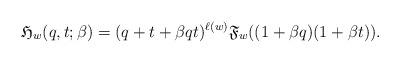
LaTeX: \begin{gather*} \mathfrak{H}_{w}(q,t;\beta) =(q+t+\beta q t)^{\ell(w)} \mathfrak{F}_{w}((1+\beta q)(1+\beta t)).\end{gather*}